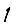
Digit: 1